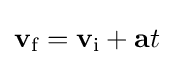
\mathbf {v} _{\text{f}}=\mathbf {v} _{\text{i}}+\mathbf {a} t